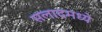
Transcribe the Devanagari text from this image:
सलादमध्ये